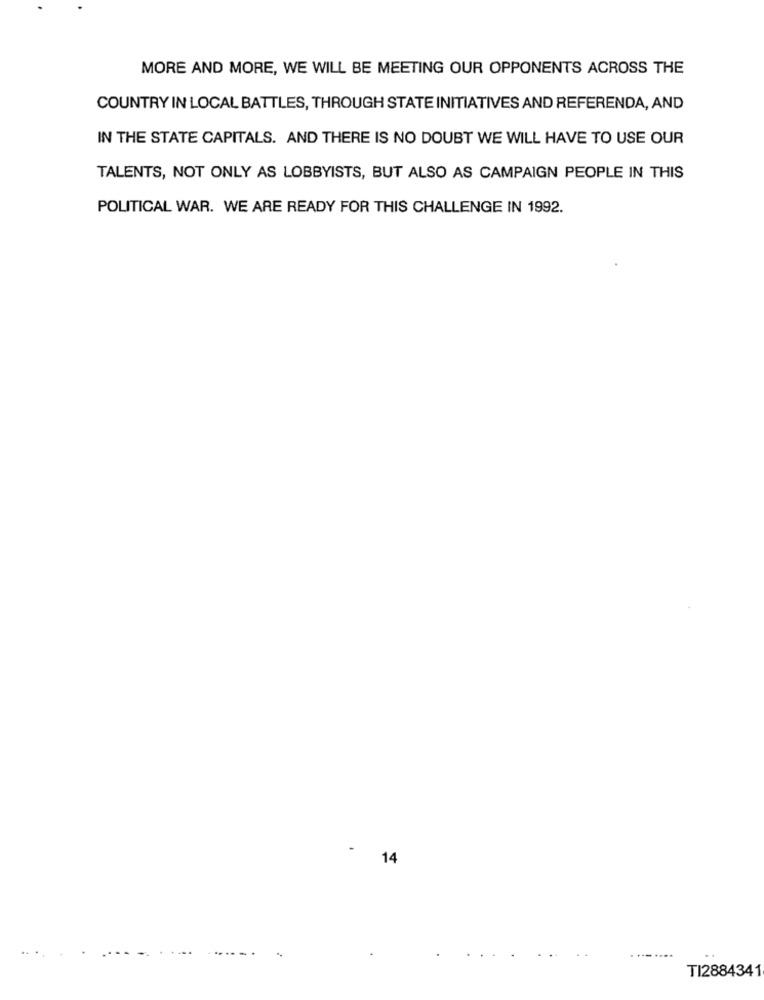
MORE AND MORE, WE WILL BE MEETING OUR OPPONENTS ACROSS THE
COUNTRY IN LOCAL BATTLES, THROUGH STATE INITIATIVES AND REFERENDA, AND
IN THE STATE CAPITALS. AND THERE IS NO DOUBT WE WILL HAVE TO USE OUR
TALENTS, NOT ONLY AS LOBBYISTS, BUT ALSO AS CAMPAIGN PEOPLE IN THIS
POLITICAL WAR. WE ARE READY FOR THIS CHALLENGE IN 1992.
14
.. .
TI2884341